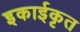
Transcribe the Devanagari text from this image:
इकाईकृत